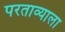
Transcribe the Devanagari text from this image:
परताव्याला